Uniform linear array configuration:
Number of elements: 24
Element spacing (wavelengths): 0.5
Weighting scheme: kaiser
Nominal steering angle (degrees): -60
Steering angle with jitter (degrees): -59.827
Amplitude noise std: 0.05
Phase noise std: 0.05

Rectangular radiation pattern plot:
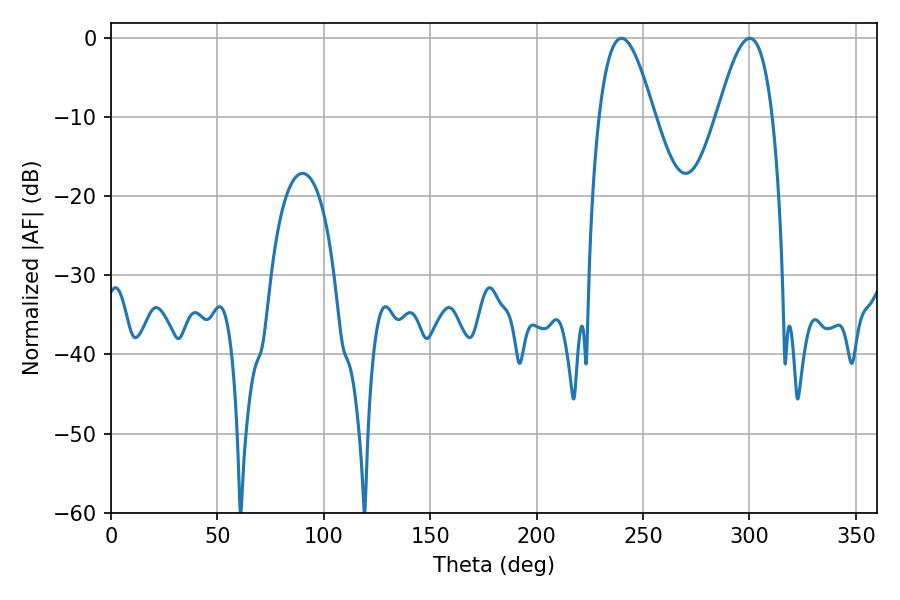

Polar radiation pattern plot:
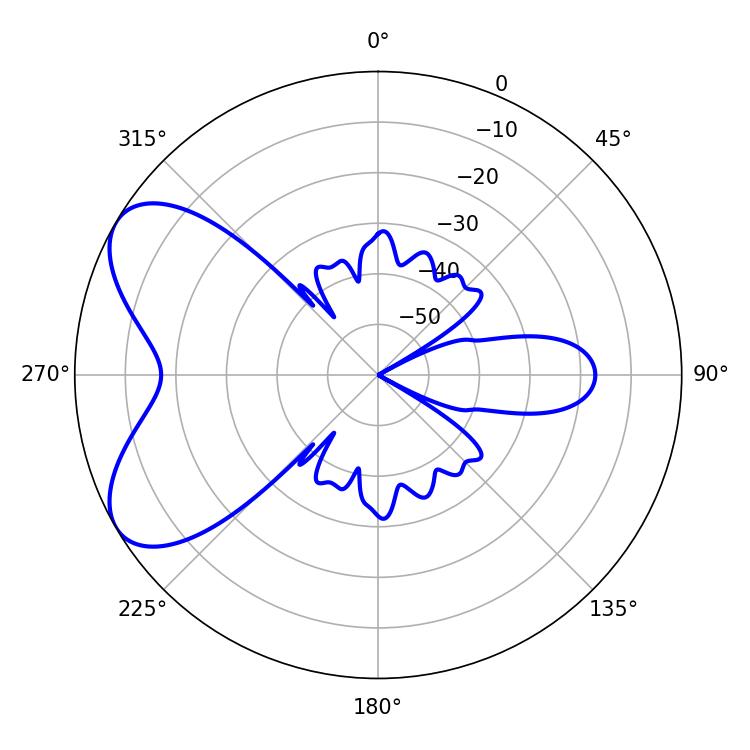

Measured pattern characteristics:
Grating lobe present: FALSE
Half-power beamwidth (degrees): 14.04
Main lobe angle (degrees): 300.06